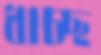
ধাচ্ছ